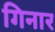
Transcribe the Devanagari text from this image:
गिनार